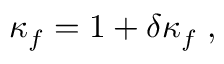
\kappa _ { f } = 1 + \delta \kappa _ { f } \; ,